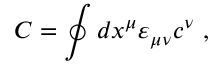
{ C } = \oint d x ^ { \mu } \varepsilon _ { \mu \nu } c ^ { \nu } \ ,